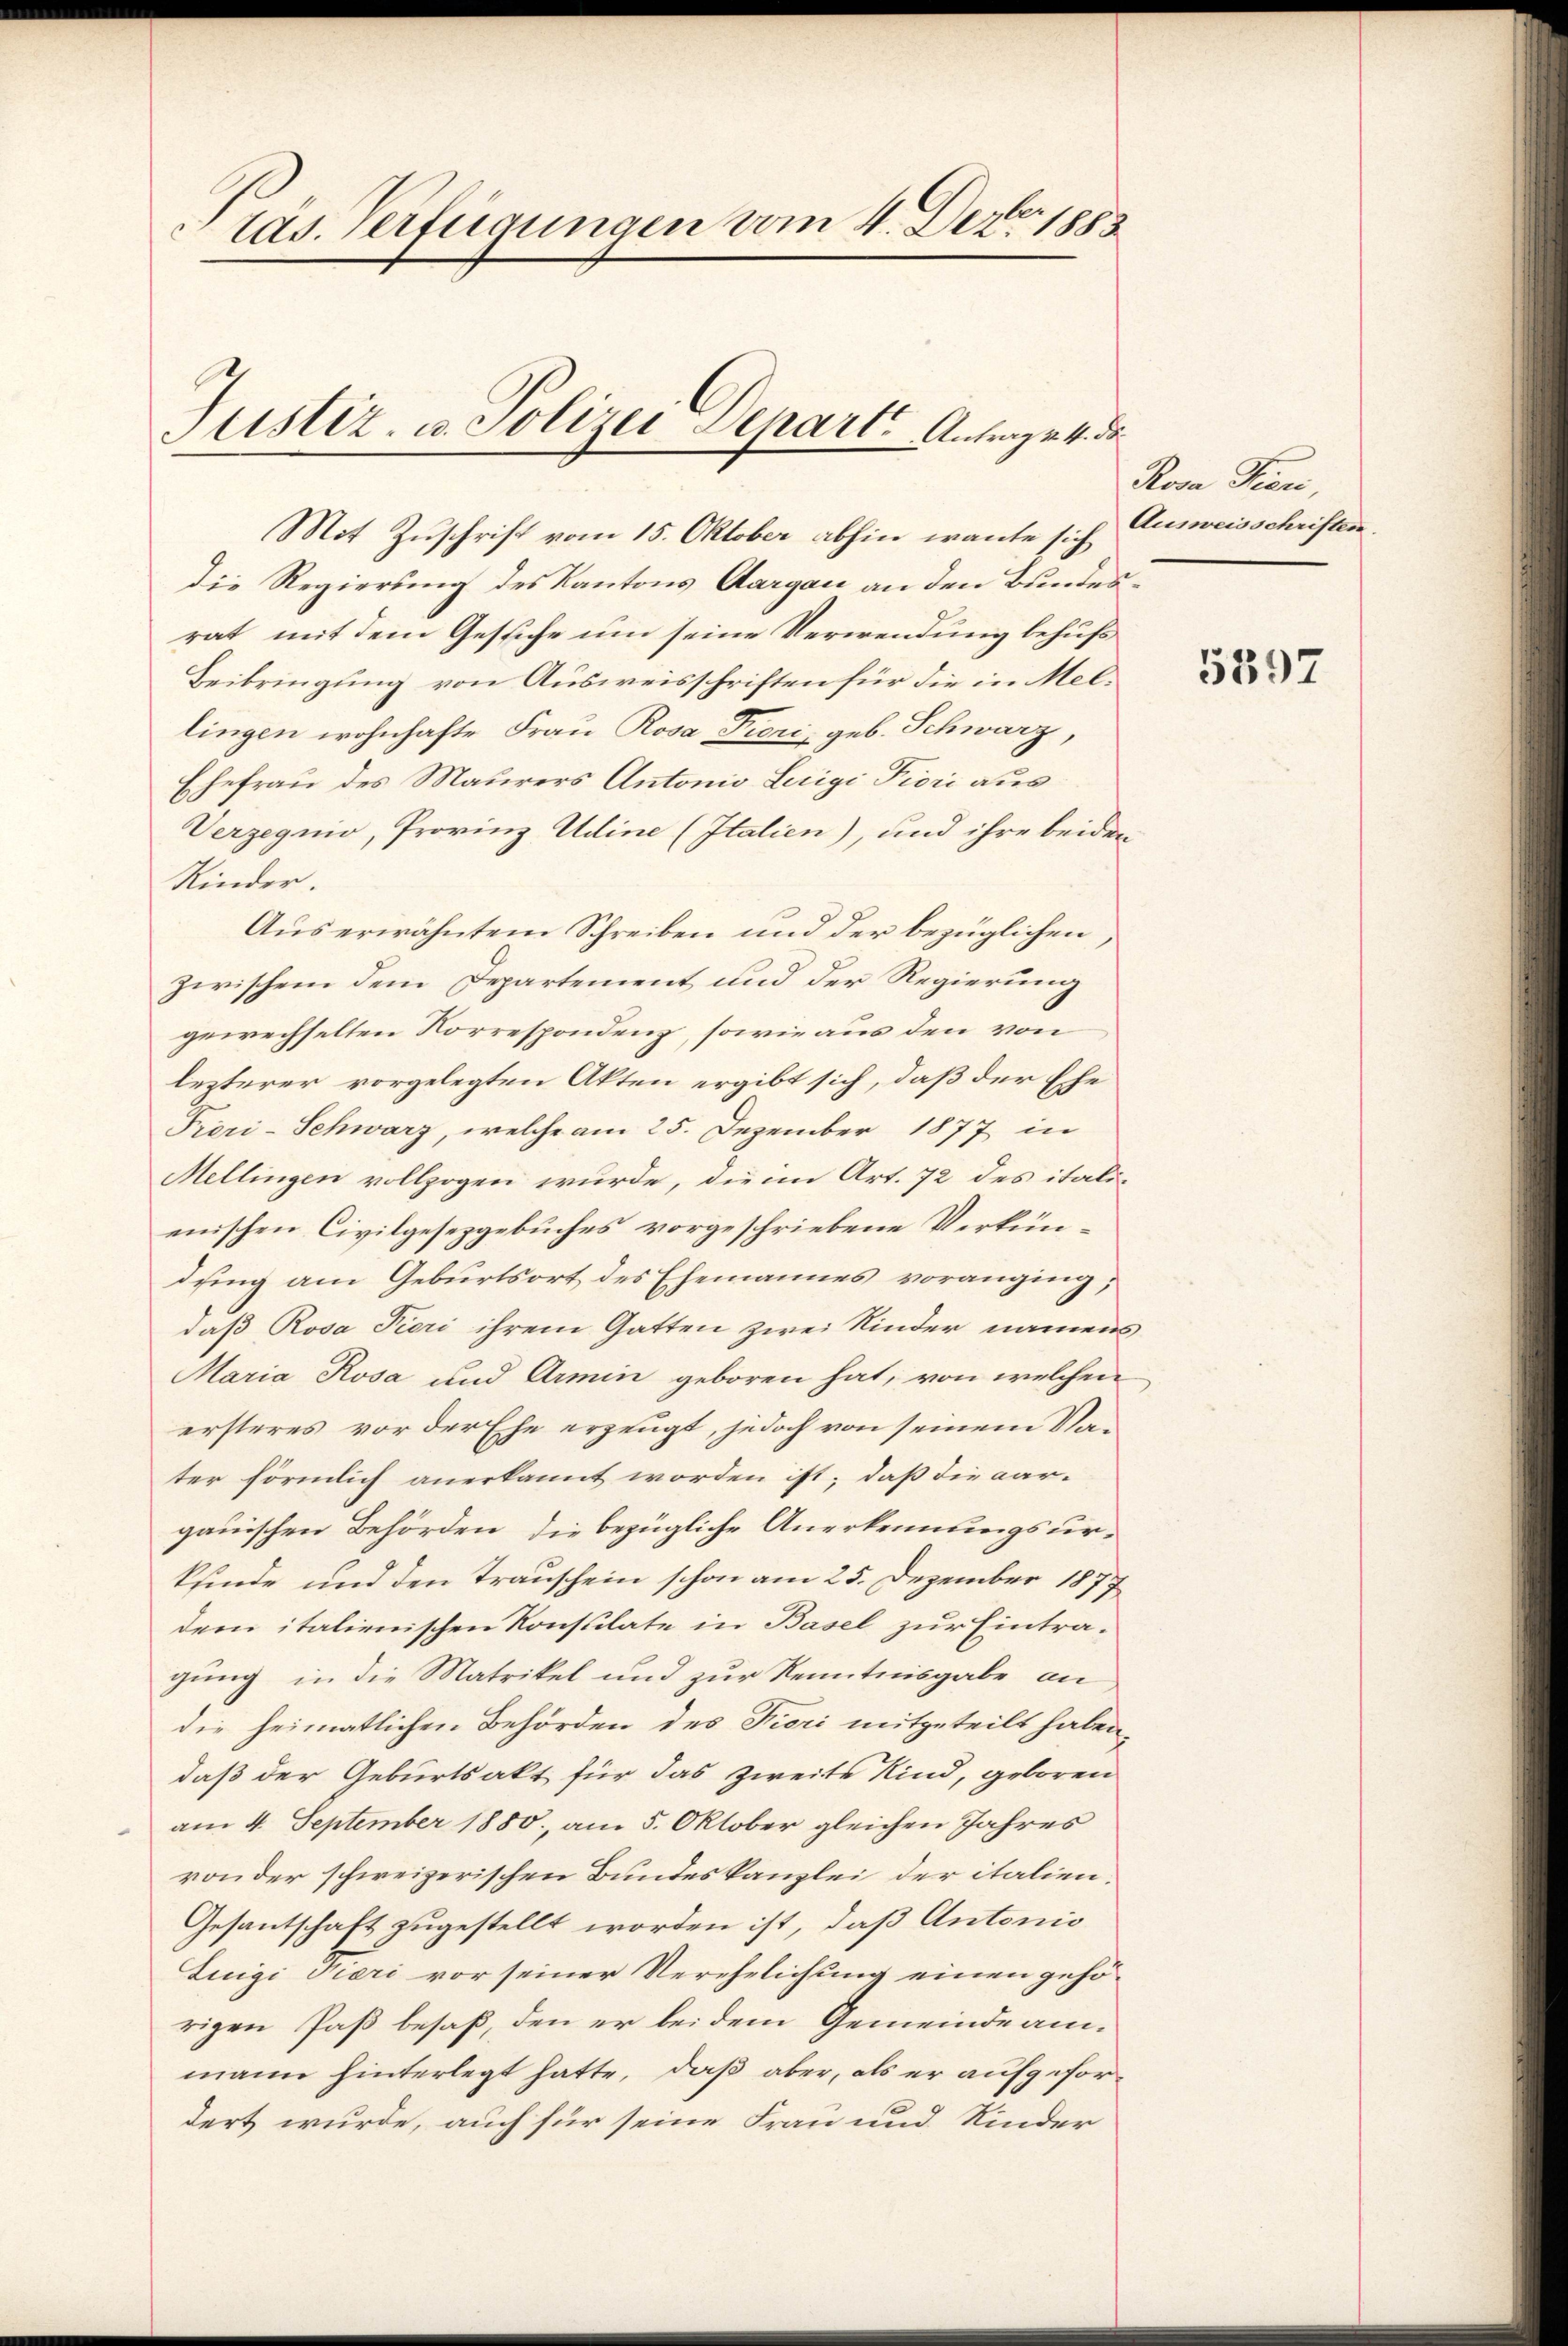
tas. Verfügungen vom 4. Dez. 1883
Justiz- u. Polizei Departs Antrag v. 4. ds.

Mit Zuschrift vom 15. Oktober abhin warte sich Ausweisschriften.
die Regierung des Kantons Aargau an den Bundesrat mit dem Gesiche um seine Verwendung behufs
Beibringung von Ausweisschriften für die in Mellingen wohnhafte Frau Rosa Froni, geb. Schwarz,
Ehefrau des Maurers Antonio Luigi Piori aus
Verzegnio, Provinz Udine (Italien), und ihre beiden
Kinder.
Aus erwähntem Schreiben und der bezüglichen,
zwischem dem Departement und der Regierung
gewechselten Korrespondenz, sowie aus den von
lezterer vorgelegten Akten ergibt sich, daß der Ehe
Prori-Schwarz, welche am 25. Dezember 1877 in
Mellingen vollzogen wurde, die im Art. 72 des italienischen Civilgesetzgebuches vorgeschriebene Verkündung am Geburtsort des Ehemannes voranging,
daß Rosa Pieri ihrem Gatten zwei Kinder namens
Maria Rosa und Armin geboren hat, von welchen
ersteres vor der Ehe erzeugt, jedoch von seinem Vater förmlich anerkannt worden ist; daß die aar-
gauischen Behörden, die bezügliche Anerkennungsurkfinde und den Trauschein schon am 25. Dezember 1877
dem italienischen Konsulate in Basel zur Eintragung in die Matrikel und zur Kenntnisgabe an
die heimatlichen Behörden des Fieri mitgeteilt haben
daß der Geburtsakt für das zweite Kind, geboren
am 4. September 1880, am 5. Oktober gleichen Jahres
ronder schweizerischen Bundeskanzlei der italien.
Gesantschaft zugestellt worden ist, daß Antonio
Luigi Tieri vor seiner Verehelichung einen gehörigen Paß besaß, den er bei dem Gemeindeammann hinterlegt hatte, daß aber, als er aufgefordert wurde, auch für seine Frau und Kinder

Rova Seen,

5397